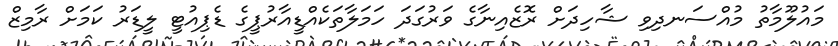
މައުލޫމާތު މުއްސަނދިވި ޝާހިދަށް ރޮޒެއިނާގެ ވަރުގަދަ ހަމަލާތަކެއްޑީއާރުޕީގެ ޑެޕިއުޓީ ލީޑަރު ކަމަށް ރާމިޒް